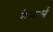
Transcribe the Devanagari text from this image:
डेन्टर्स